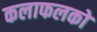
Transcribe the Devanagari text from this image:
कलाफलकों